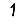
Digit: 1